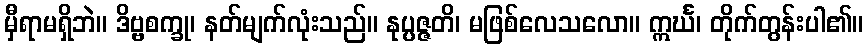
မှီရာမရှိဘဲ။ ဒိဗ္ဗစက္ခု၊ နတ်မျက်လုံးသည်။ နုပ္ပဇ္ဇတိ၊ မဖြစ်လေသလော။ ဣင်္ဃ၊ တိုက်တွန်းပါ၏။